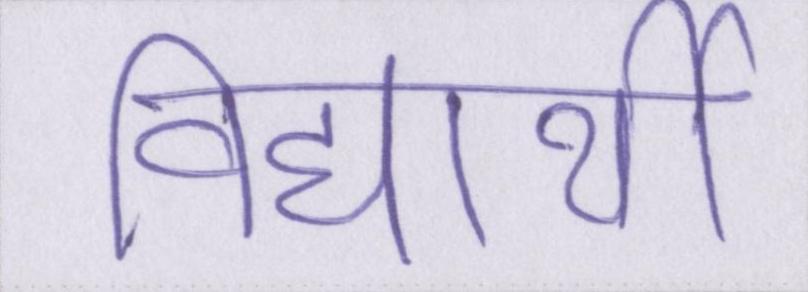
विद्यार्थी